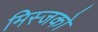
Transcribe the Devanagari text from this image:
मिस्जको